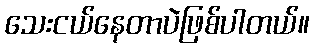
သေးငယ်နေတာပဲဖြစ်ပါတယ်။